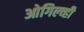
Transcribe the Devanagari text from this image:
ओगिल्व्ही